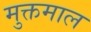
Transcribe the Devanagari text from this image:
मुक्तमाल